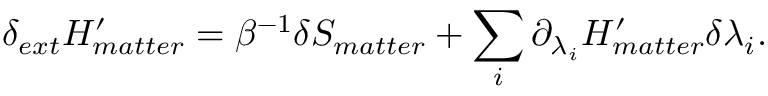
\delta _ { e x t } H _ { m a t t e r } ^ { \prime } = \beta ^ { - 1 } \delta S _ { m a t t e r } + \sum _ { i } \partial _ { \lambda _ { i } } H _ { m a t t e r } ^ { \prime } \delta \lambda _ { i } .